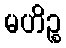
မဟိဉ္စ